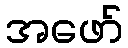
အဖော်